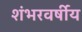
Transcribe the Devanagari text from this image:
शंभरवर्षीय